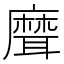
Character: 𦗕